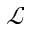
\mathcal { L }